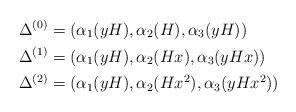
LaTeX: \begin{align*}\Delta^{(0)}&=(\alpha_1(yH),\alpha_2(H),\alpha_3(yH))\\\Delta^{(1)}&=(\alpha_1(yH),\alpha_2(Hx),\alpha_3(yHx))\\\Delta^{(2)}&=(\alpha_1(yH),\alpha_2(Hx^2),\alpha_3(yHx^2))\end{align*}